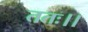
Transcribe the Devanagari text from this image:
ततः।।